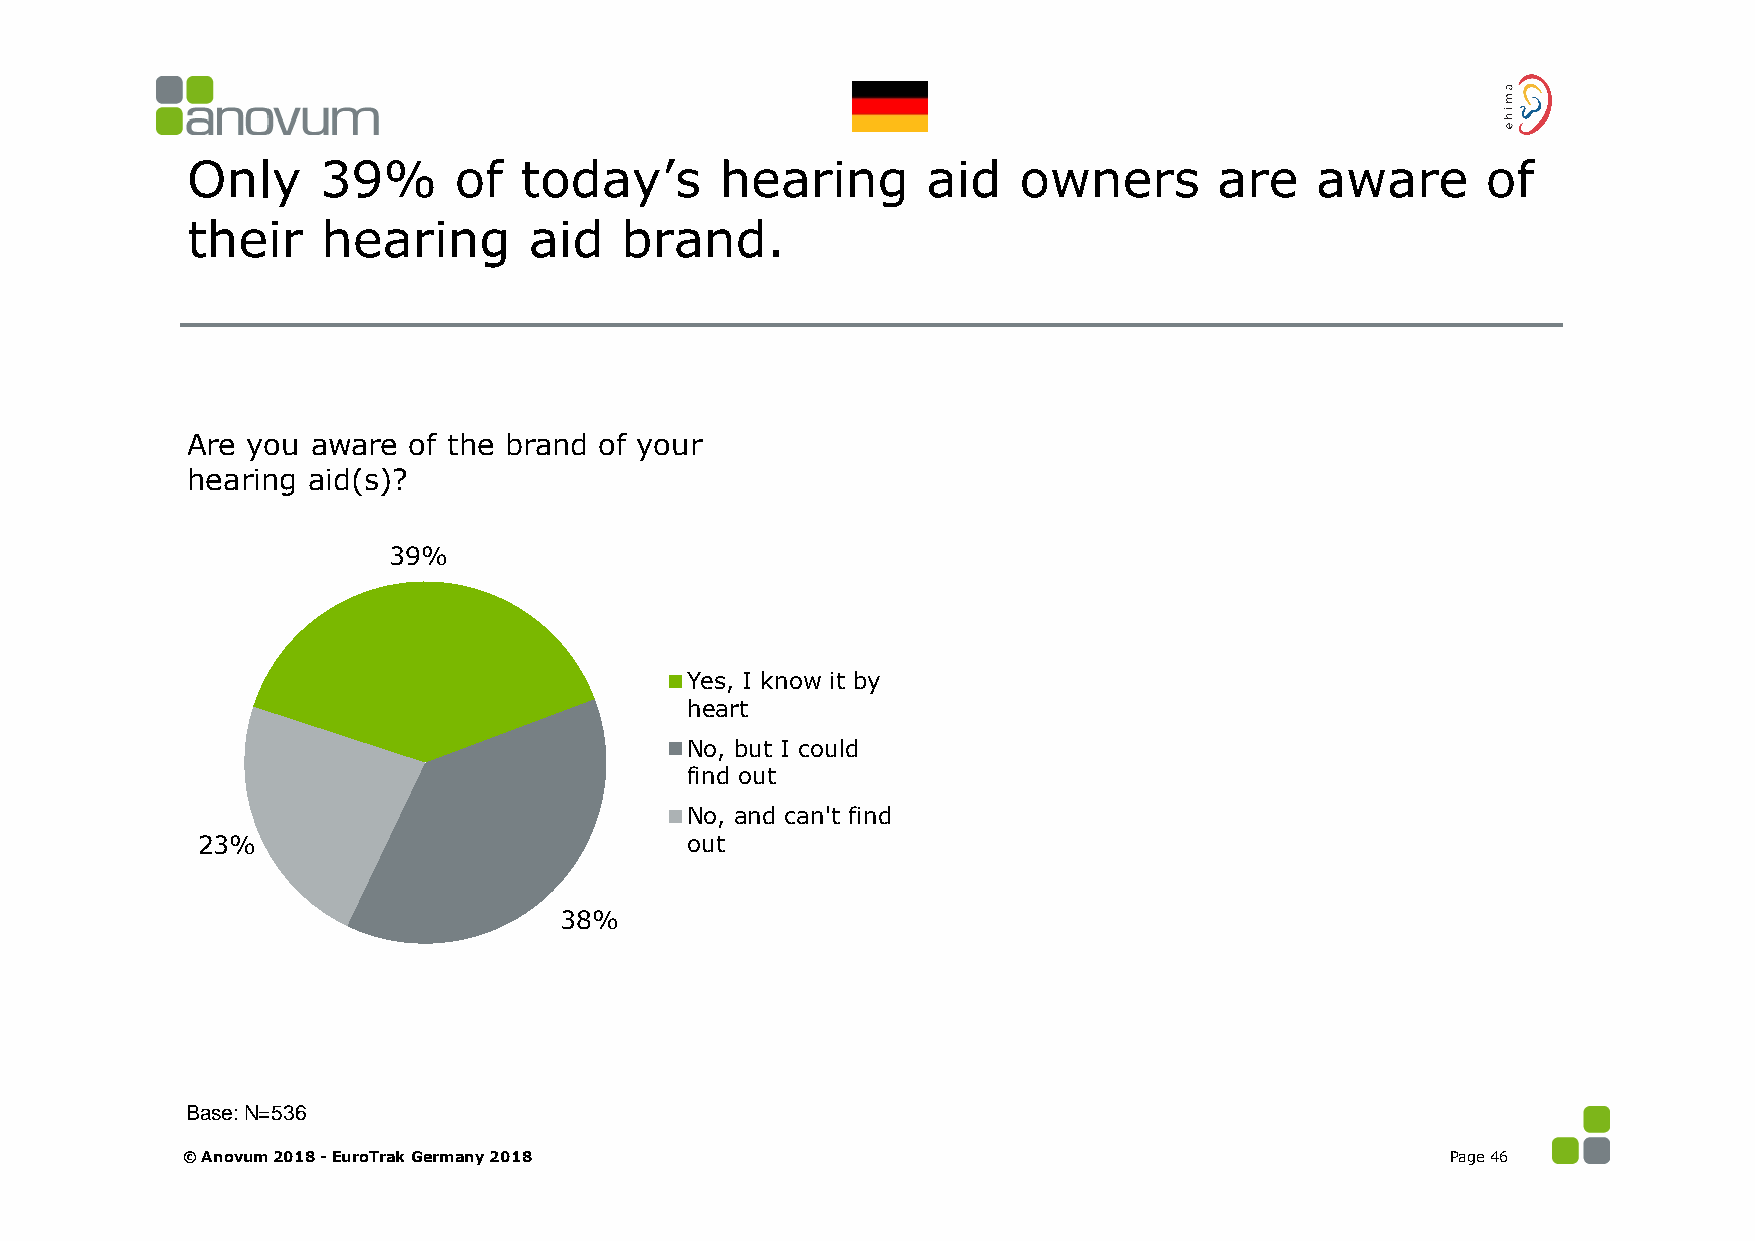
Only     39%      of  today’s       hearing      aid   owners        are   aware      of
 their    hearing       aid   brand.
 Are you  aware of the brand of your
 hearing aid(s)?
 39%
 Yes, I know it by
 heart
 No, but I could
 find out
 No, and can't find
 23%                             out
 38%
 Base: N=536
 © Anovum 2018 -EuroTrak Germany 2018                                                Page 46